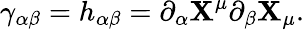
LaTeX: \gamma_{\alpha\beta}=h_{\alpha\beta}=\partial_{\alpha}\mathbf{X}^{\mu}\partial_{\beta}\mathbf{X}_{\mu}.